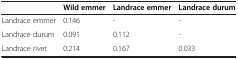
|  | Wild emmer | Landrace emmer | Landrace durum |
 | --- | --- | --- | --- |
 | Landrace emmer | 0.146 | - | - |
 | Landrace durum | 0.091 | 0.112 | - |
 | Landrace rivet | 0.214 | 0.167 | 0.033 |